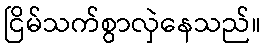
ငြိမ်သက်စွာလှဲနေသည်။